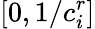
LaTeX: [0,1/c_{i}^{r}]